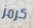
كرمز